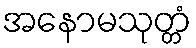
အနောမသုတ္တံ